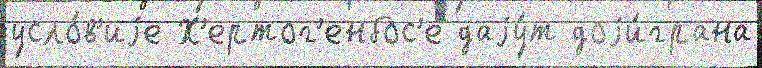
усло́в'иjе Х'ертог'енбос'е даjу́т доjи́грана